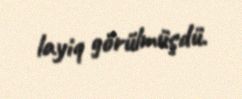
layiq görülmüşdü.